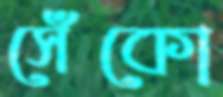
সেঁকো